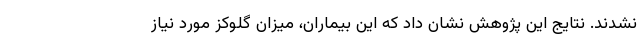
نشدند. نتایج این پژوهش نشان داد که این بیماران، میزان گلوکز مورد نیاز